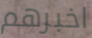
اخبرهم